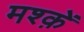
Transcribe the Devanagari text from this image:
मश्क़ें